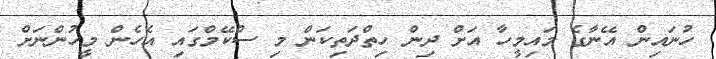
ހުނައިން އޭނާގެ މައިމީހާ އަށް ދިން ހިތްދަތިކަން މި ސްކޭމްގައި އެހެން މީހުންނަށް